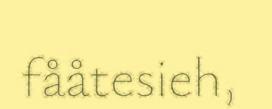
fååtesieh,